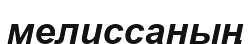
мелиссаның